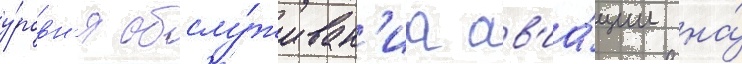
у́ровн'я обслу́живан'иа ав'иа́ции на́